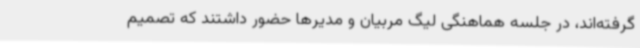
گرفته‌اند، در جلسه هماهنگی لیگ مربیان و مدیرها حضور داشتند که تصمیم